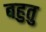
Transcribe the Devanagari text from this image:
बहुतु